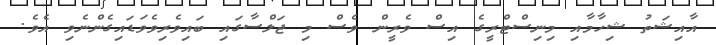
އާއިޝަތު ޝިހާމާއި މިނިސްޓްރީގެ އިސް ވެރީން ވެސް މި ޖަލްސާގައި ބައިވެރިވެވަޑައިގެންނެވި އެވެ.